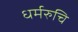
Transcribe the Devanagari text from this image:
धर्मरुचि